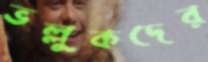
ভল্লুকদের